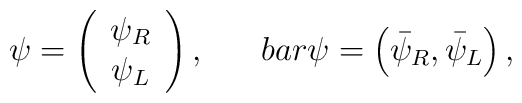
\psi=\left(\begin{array}{c} \psi_R\\ \psi_L\end{array}\right ),\ \ \ \ \ \ \\bar \psi=\left(\bar\psi_R, \bar\psi_L\right ),